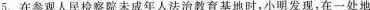
5.在参观人民检察院未成年人法治教育基地时，小明发现，在一处